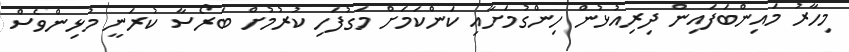
މިހާރު މައިންބަފައިން ދިރިއުޅުން ހިންގުމަށާއި ކަންކަމަށް މަގުފަހި ކުރުމުށް ބަރޯސާ ކުރަނީ މުޅިންވެސް